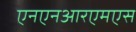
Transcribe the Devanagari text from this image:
एनएनआरएमएस